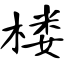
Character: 楼